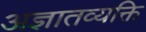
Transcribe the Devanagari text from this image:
अज्ञातव्यक्ति